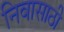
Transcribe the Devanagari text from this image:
निवासाठी